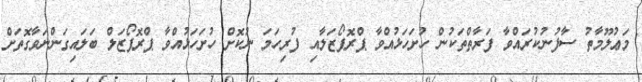
މަޢުލޫމާތު ސާފުނުކުރައްވާ ފަރާތްތަކުން ހުށަހަޅުއްވާ ޕްރޮޕޯޒަލާއި ފުރިހަމަ ނުކޮށް ހުށަހަޅުއްވާ ޕްރޮޕޯޒަލް ބަލައިގަންނަވާގޮތަށް